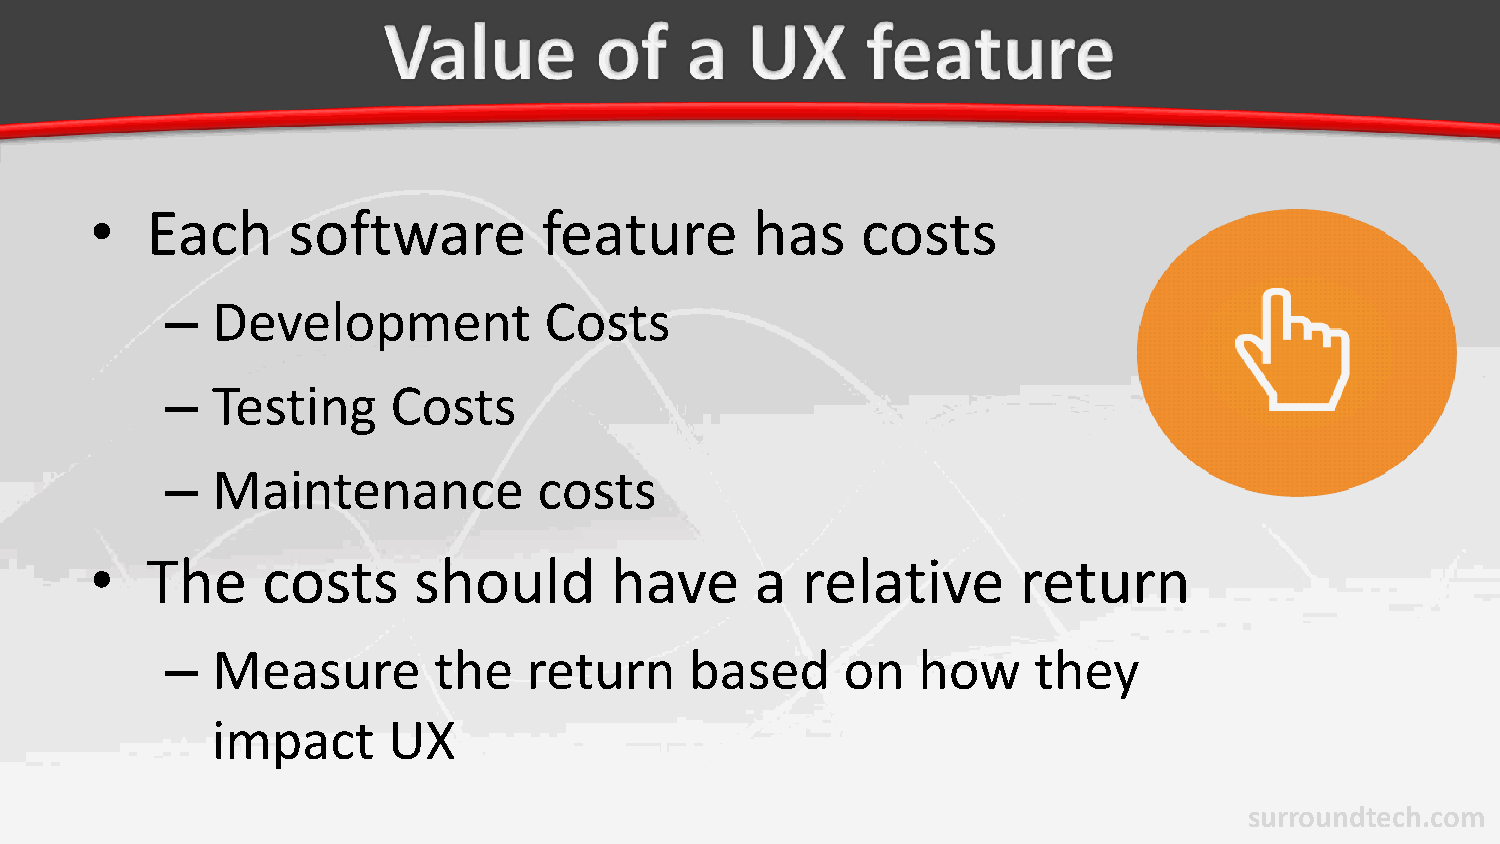
•   Each     software         feature       has    costs
 –  Development           Costs
 –  Testing     Costs
 –  Maintenance           costs
 •   The    costs     should       have      a  relative       return
 –  Measure        the   return     based     on   how    they
 impact      UX
 surroundtech.com